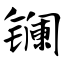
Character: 镧